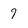
Character: 9